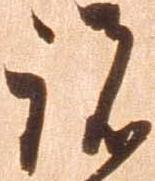
諸